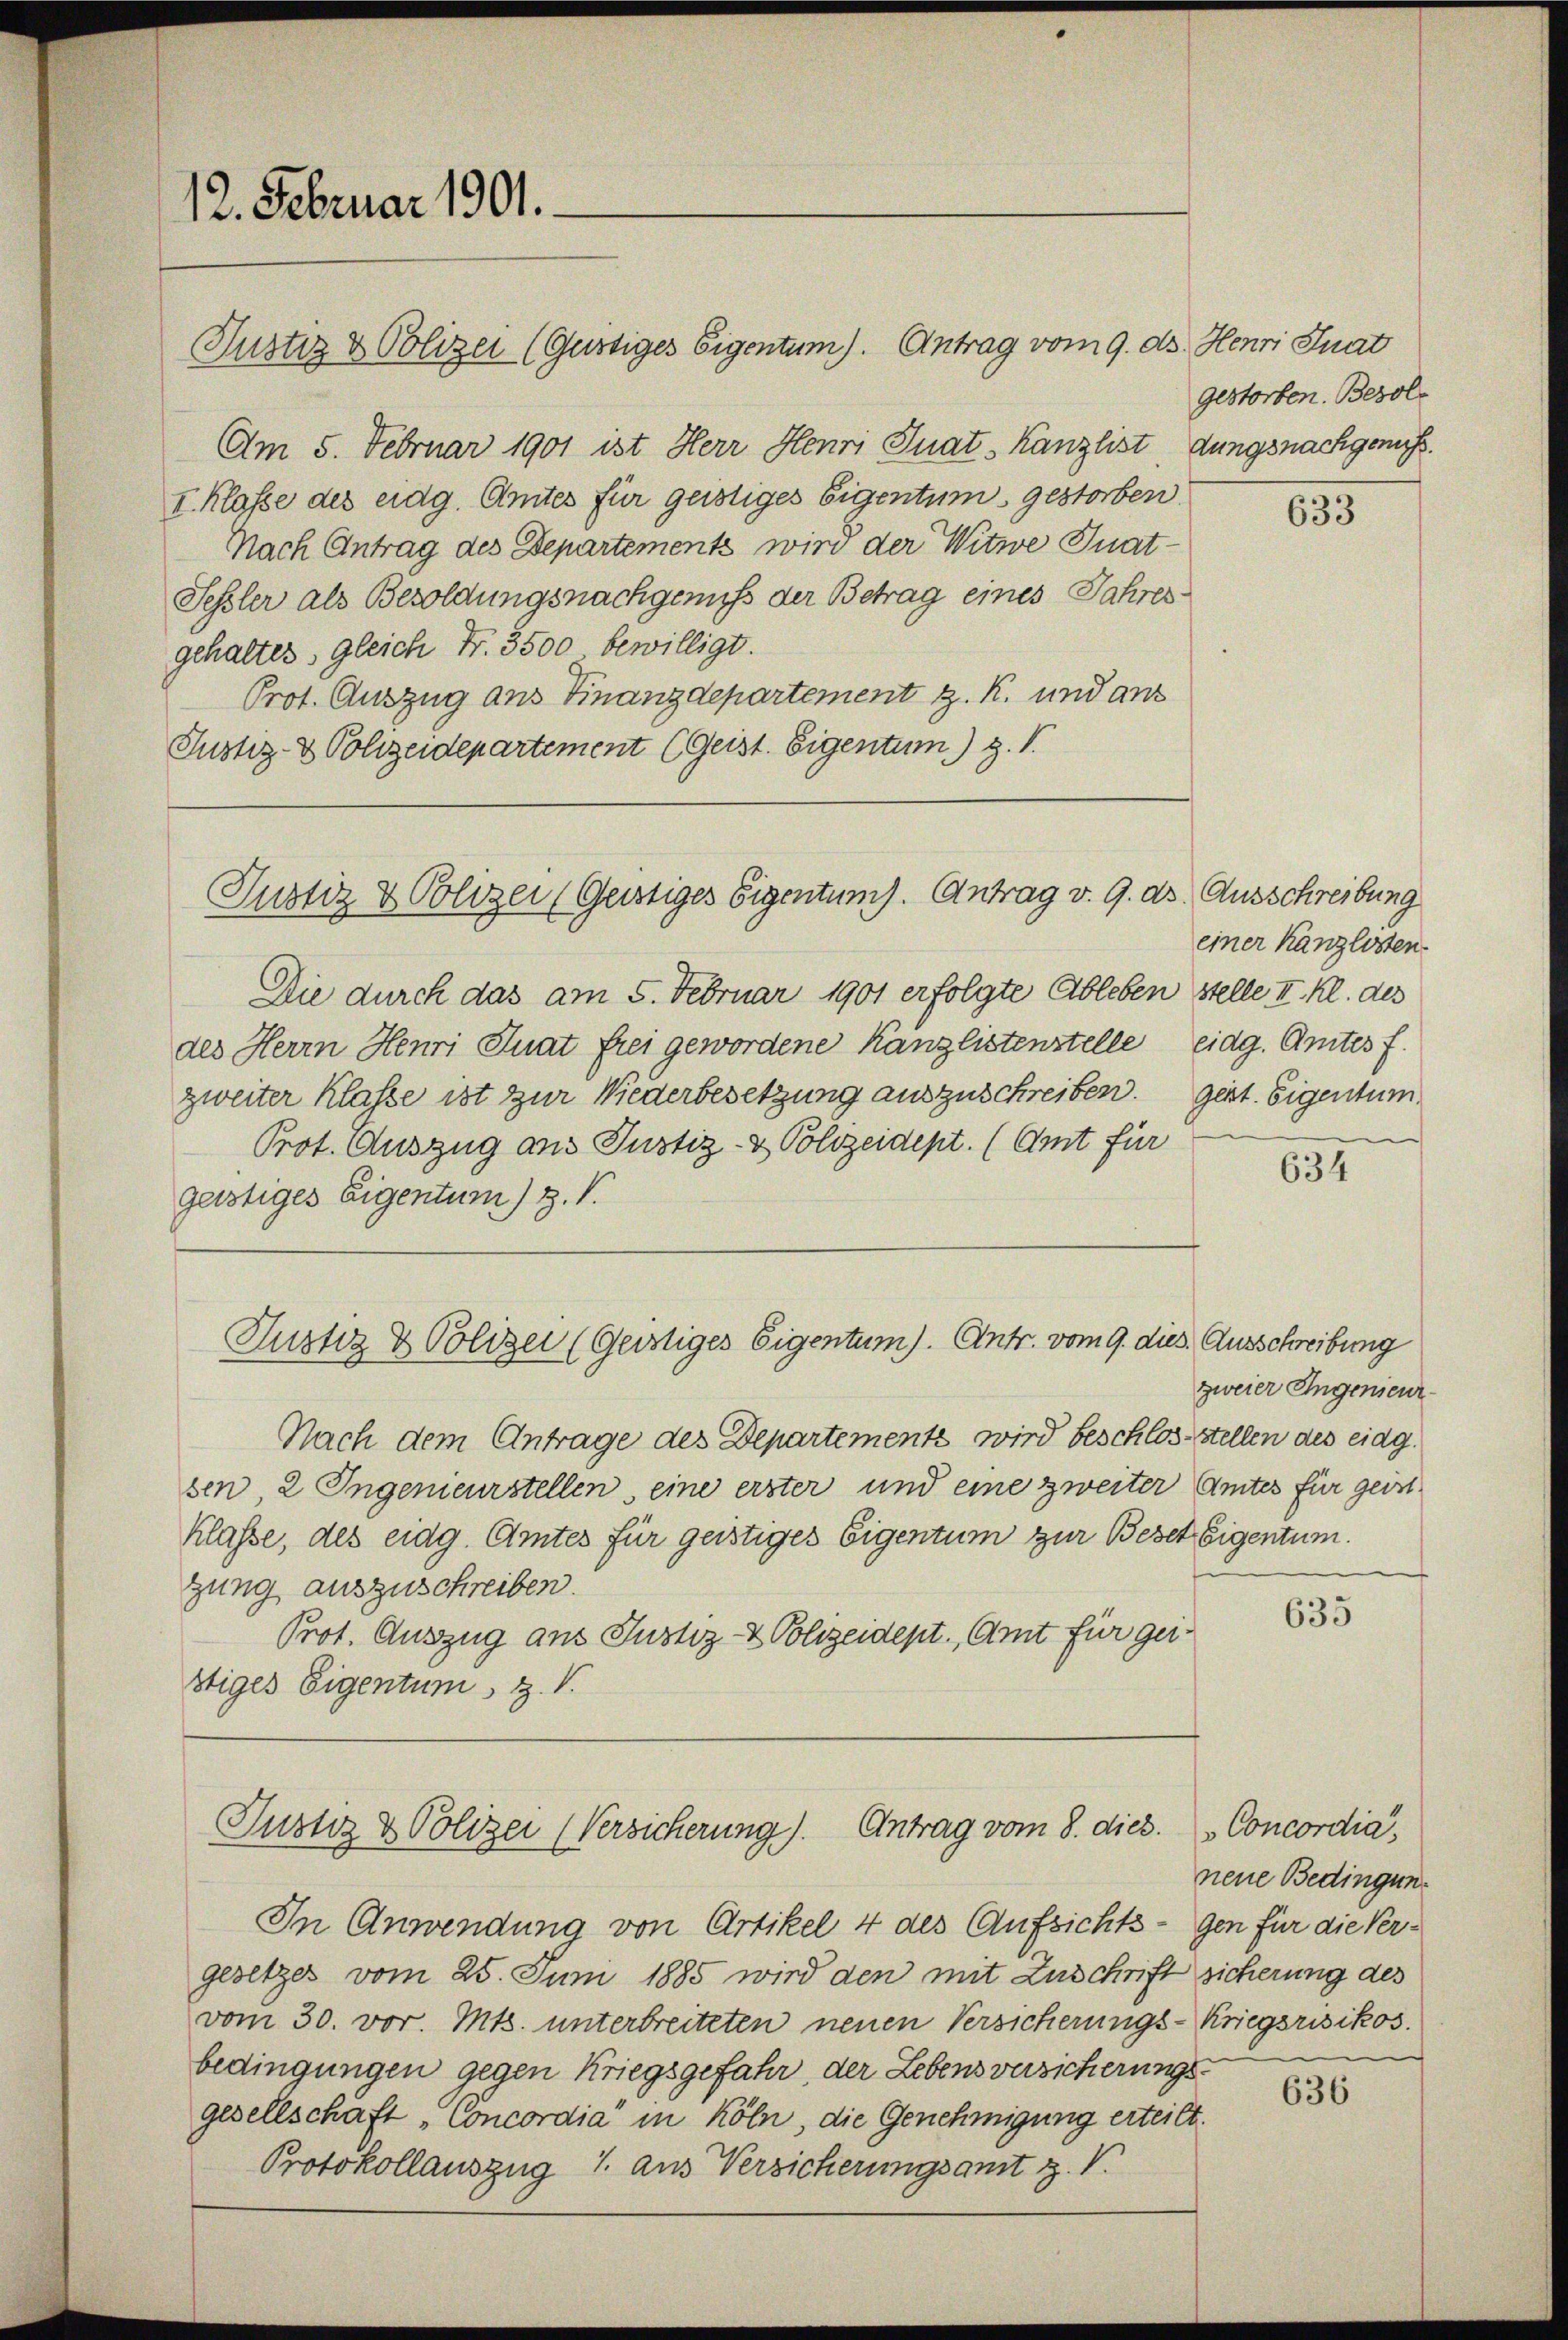
12. Februar 1901.

Am 5. Februar 1901 ist Herr Henri Inatkanzlist, dungsnachgenuß.
I. Klasse des eidg. Amtes für geistiges Eigentum gestorben.
Nach Antrag des Departements wird der Witwe Inat-
Schler als Besoldungsnachgenuß der Betrag eines Jahresgehaltes, gleich Fr. 3500 bewilligt.
Prot. Auszug aus Finanzdepartement z. K. und aus
Justiz- & Polizeidepartement (Geist. Eigentum) g. T.

Justiz & Polizei (Gustiges Eigentum). Antrag vom 9. ds. Henri Inat

Justiz & Polizei (Geistiges Eigentums. Antrag v. 9. ds Ausschreibung

Die durch das am 5. Februar 1901 erfolgte Ableben stelle II. Kl. des
des Herrn Henri Hnat frei gewordene Kanzlistenstelle eidg. Amtes f
zweiter Klasse ist zur Wiederbesetzung auszuschreiben.
Prot. Auszug aus Justiz- & Polizeidept. (Amt für
geistiges Eigentum) Z. V.

Nach dem Antrage des Departements wird beschlosstellen des eidg.
sen 2 Ingenieurstellen, eine erster und eine zweiter Amtes für geist
Klasse, des eidg. Amtes für geistiges Eigentum zur Besetz Eigentum.
gung auszuschreiben.
Prot. Auszug aus Justiz- & Polizeidept. Amt für geistiges Eigentum V

Justiz & Polizei (Gerstiges Eigentum). Antr. vom 9. dies Ausschreibung

Justiz & Polizei (Versicherung). Antrag vom 8. dies. Concordia,

In Anwendung von Artikel 4 des Aufsichts - gen für die Vergesetzes vom 25. Juni 1885 wird den mit Zuschrift sicherung des
vom 30. vor. Mts. unterbreiteten neuen Versicherungs-Kriegsrisikos.
bedingungen gegen Kriegsgefahr, der Lebens versicherungsgesellschaft „Concordia“ in Köln, die Genehmigung erteilt.
Protokollauszug 1. aus Versicherungsamt z. V.

gestorben. Besol¬

einer Kanzlosten
geist. Eigentum.

633

634

zweier Angenieur-

635

neue Bedingung

636